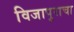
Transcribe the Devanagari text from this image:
विजापुराचा